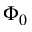
\Phi _ { 0 }